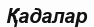
Қадалар